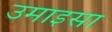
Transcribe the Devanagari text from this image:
उमाइसा